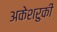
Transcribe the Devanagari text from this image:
अकेशरुकी